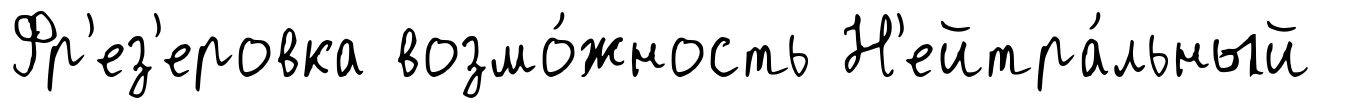
Фр'ез'еровка возмо́жность Н'ейтра́льный